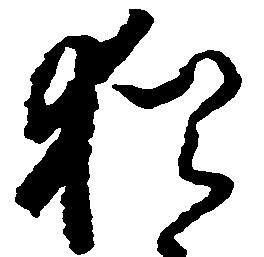
猶